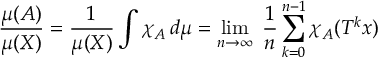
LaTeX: { \frac { \mu ( A ) } { \mu ( X ) } } = { \frac { 1 } { \mu ( X ) } } \int \chi _ { A } \, d \mu = \operatorname* { l i m } _ { n \rightarrow \infty } \; { \frac { 1 } { n } } \sum _ { k = 0 } ^ { n - 1 } \chi _ { A } ( T ^ { k } x )